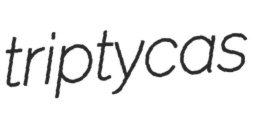
triptycas